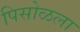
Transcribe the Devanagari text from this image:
पिसोळला